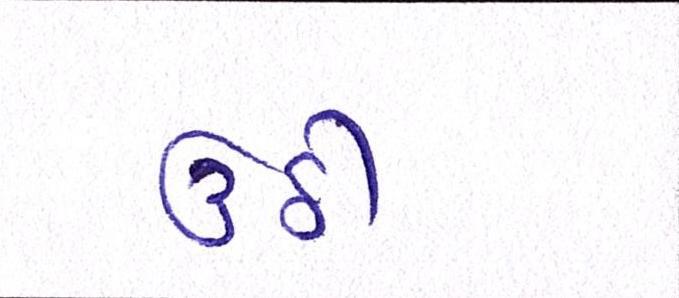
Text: ઉઠી